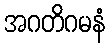
အဂတိဂမနံ